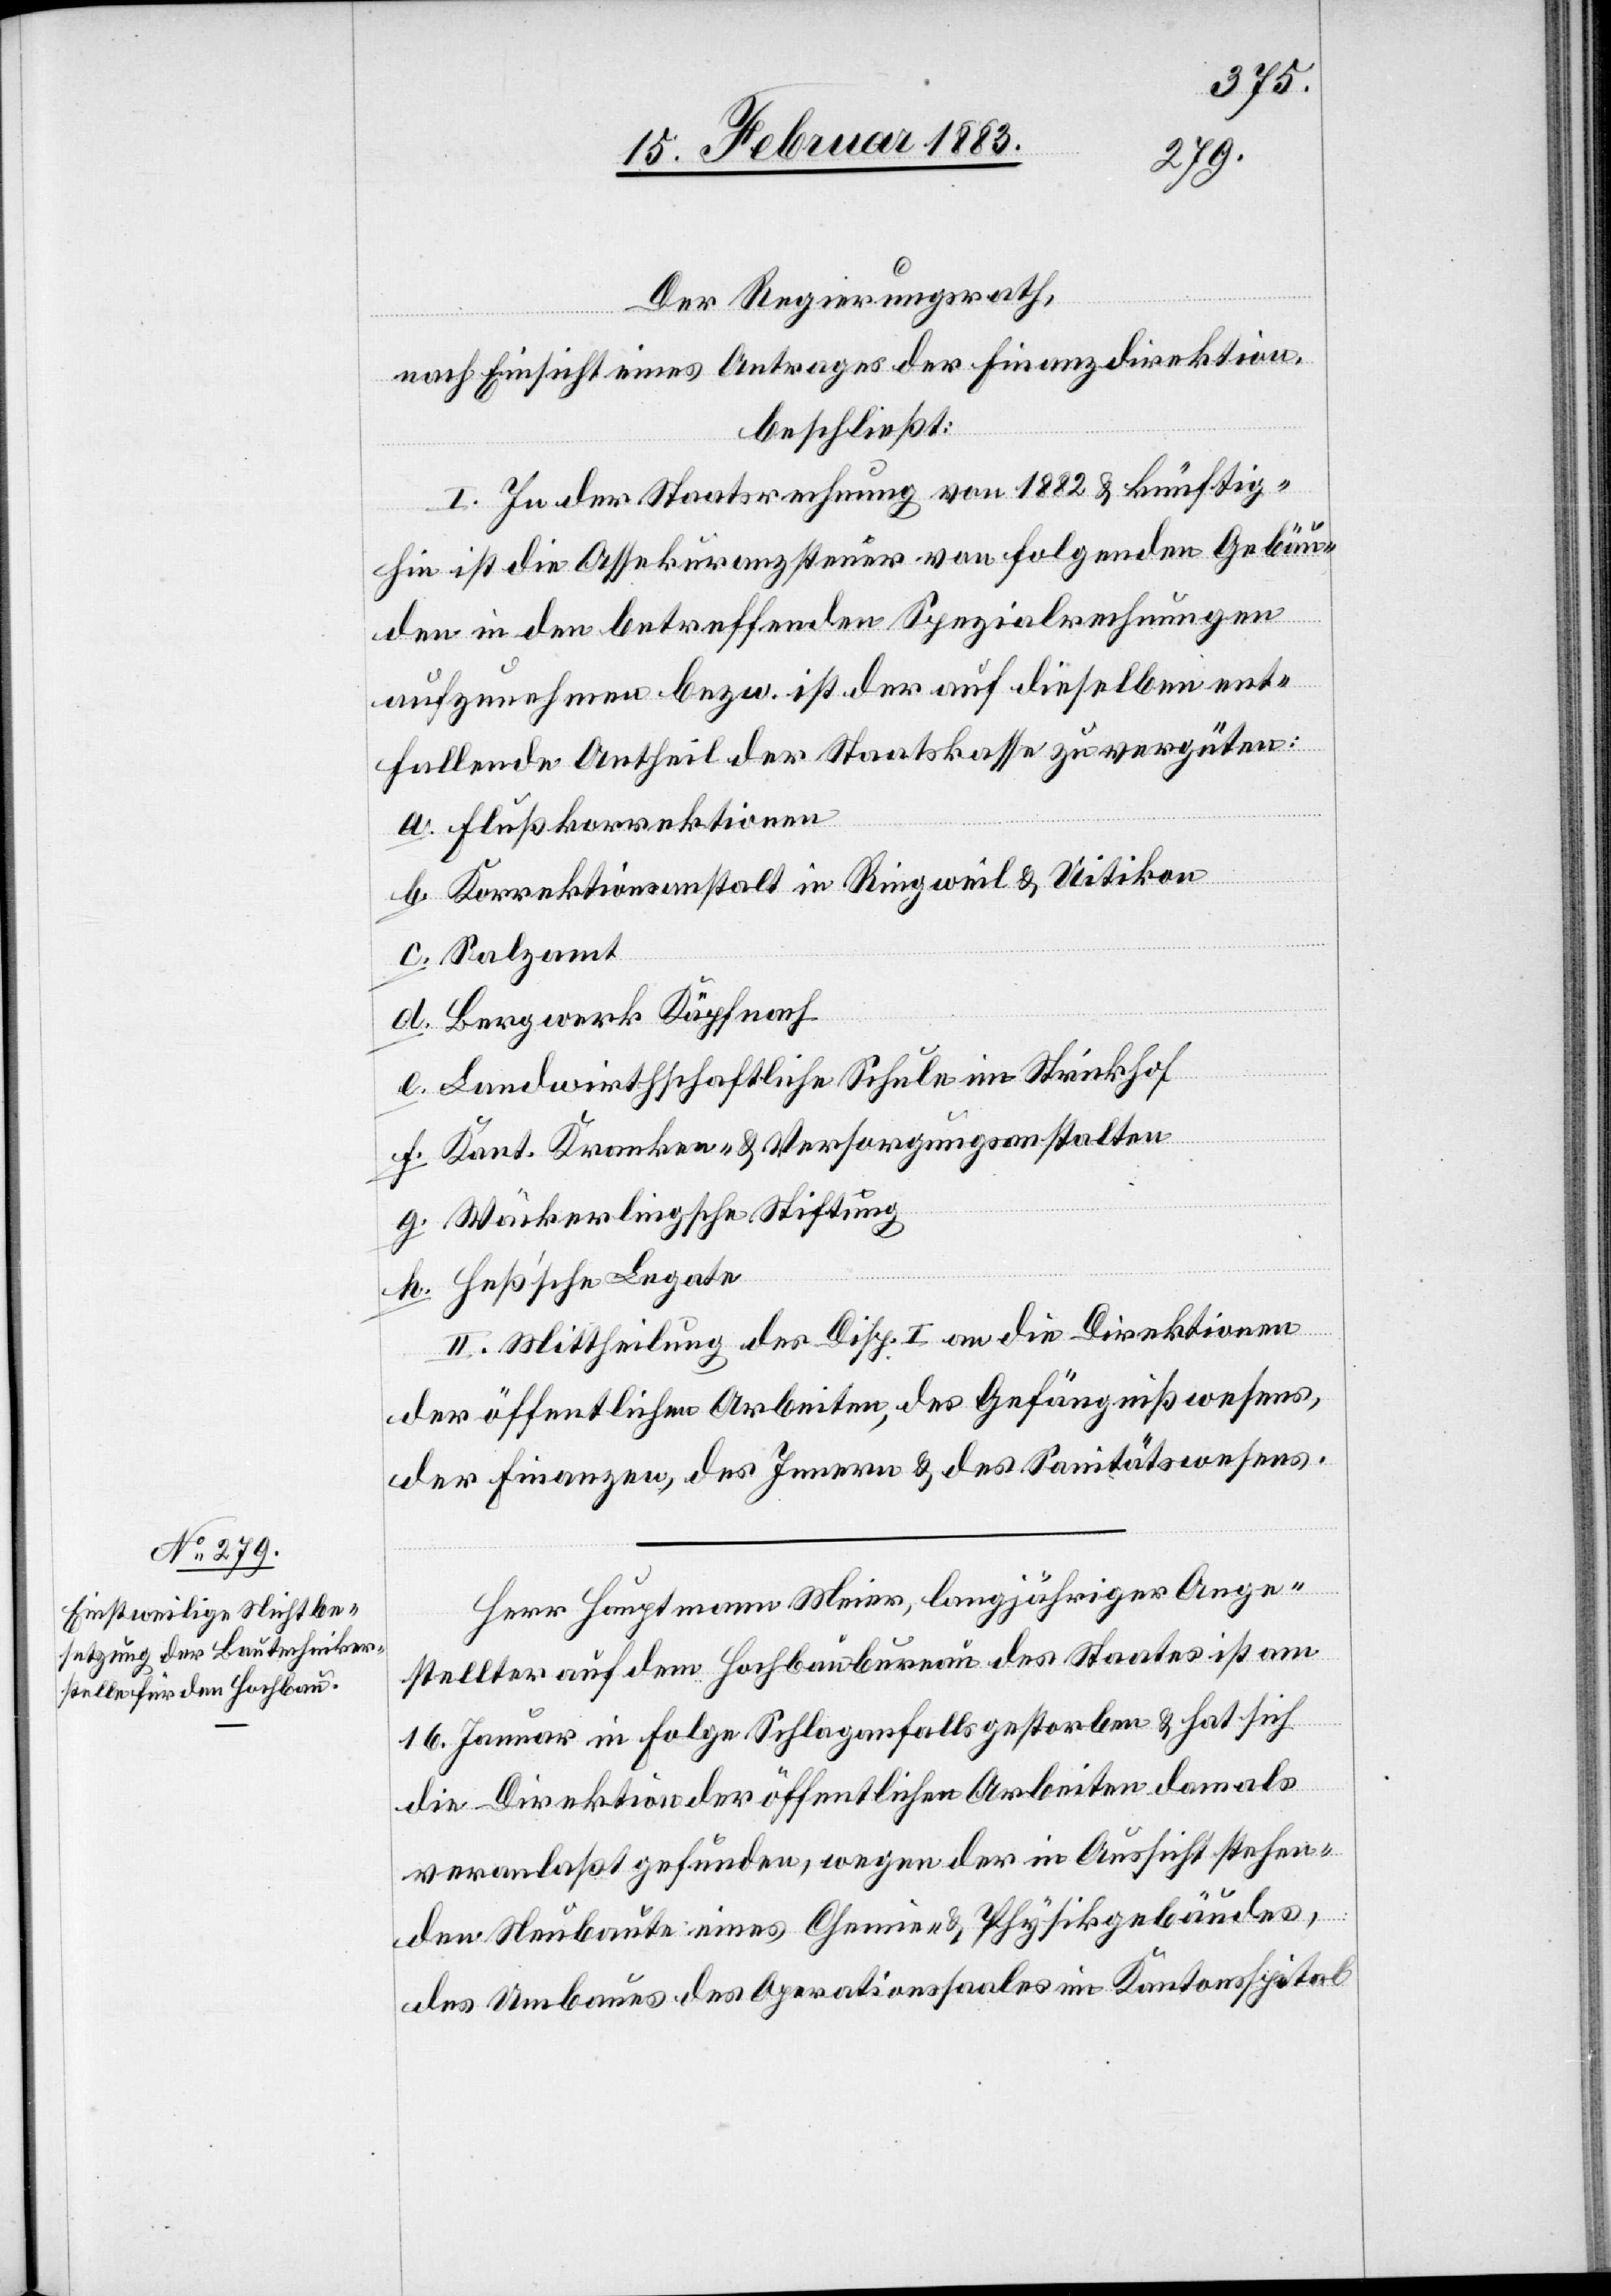
Der Regierungsrath,
nach Einsicht eines Antrages der Finanzdirektion,
beschließt:
I. In der Staatsrechnung von 1882 & künftig¬
hin ist die Assekuranzsteuer von folgenden Gebäu¬
den in den betreffenden Spezialrechnungen
aufzunehmen bezw. ist der auf dieselben ent¬
fallende Antheil der Staatskasse zu vergüten:
a. Flußkorrektionen
b. Korrektionsanstalt in Ringweil & Uitikon
c. Salzamt
d. Bergwerk Käpfnach
e. Landwirthschaftliche Schule im Strickhof
f. Kant. Kranken- & Versorgungsanstalten
g. Wäckerlingsche Stiftung
h. Heßʼsche Legate
II. Mittheilung der Disp. I an die Direktionen
der öffentlichen Arbeiten, des Gefängnißwesens,
der Finanzen, des Innern & des Sanitätswesens.
Herr Hauptmann Meier, langjähriger Ange¬
stellter auf dem Hochbaubureau des Staates ist am
16. Januar in Folge Schlaganfalls gestorben & hat sich
die Direktion der öffentlichen Arbeiten damals
veranlaßt gefunden, wegen der in Aussicht stehen¬
den Neubaute eines Chemie- & Physikgebäudes,
des Umbaues des Operationssaales im Kantonsspital